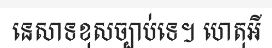
នេសាទខុសច្បាប់ទេ។ ហេតុអី